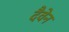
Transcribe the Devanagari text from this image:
दैवेन